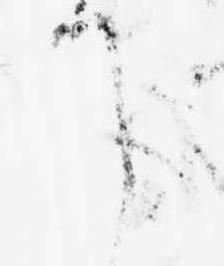
て